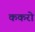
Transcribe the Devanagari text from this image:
ककरो